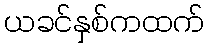
ယခင်နှစ်ကထက်